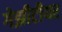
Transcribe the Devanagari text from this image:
गेझीटीयर